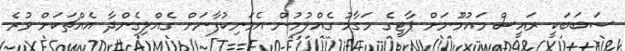
ސަބަބަކީ ރައީސް މައުމޫނަށް ޕާޓީގެ މަގާމު ގެއްލުމުން އެމަނިކުފާނަށް ގެއްލިގެންދާ އެއްޗަކަށް ވުރެ